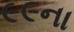
૯૯ના